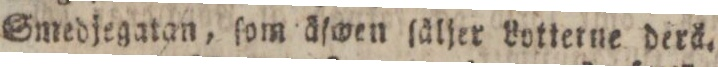
Smedjegatan, ſom äſwen ſäljer Lotterne derä.